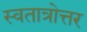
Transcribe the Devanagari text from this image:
स्वतात्रोत्तर